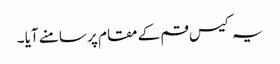
یہ کیس قم کے مقام پر سامنے آیا ۔